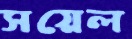
সয়েল